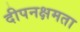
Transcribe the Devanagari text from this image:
दीपनक्षमता